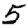
Digit: 5